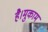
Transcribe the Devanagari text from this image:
है।मुकाम